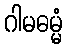
ဂါမဓမ္မံ